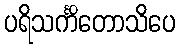
ပရိသင်္ကိတောသိပေ